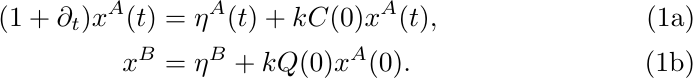
\begin{subequations}
\begin{align}
    (1 + \partial_t)x^A(t) &= \eta^A(t) + k C(0) x^A(t), \label{eq:slow-replica-single-site-picture-A} \\
    x^B &= \eta^B + k Q(0) x^A(0).
    \label{eq:slow-replica-single-site-picture-B}
\end{align}
\end{subequations}